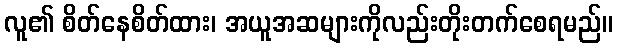
လူ၏ စိတ်နေစိတ်ထား၊ အယူအဆများကိုလည်းတိုးတက်စေရမည်။